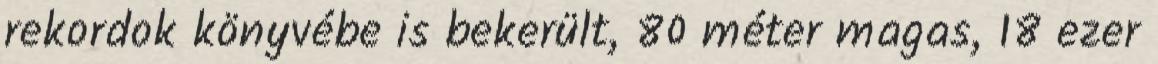
rekordok könyvébe is bekerült, 80 méter magas, 18 ezer